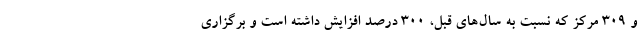
و ۳۰۹ مرکز که نسبت به سال‌های قبل، ۳۰۰ درصد افزایش داشته است و برگزاری